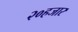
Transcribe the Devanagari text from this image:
२०हजार